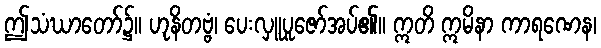
ဤသံဃာတော်၌။ ဟုနိတဗ္ဗံ၊ ပေးလှူပူဇော်အပ်၏။ ဣတိ ဣမိနာ ကာရဏေန၊